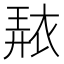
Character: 𧚠